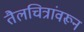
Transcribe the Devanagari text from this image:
तैलचित्रांवरून